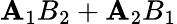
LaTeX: \mathbf{A}_{1}B_{2}+\mathbf{A}_{2}B_{1}